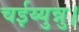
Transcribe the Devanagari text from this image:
चईय्युन्नु।